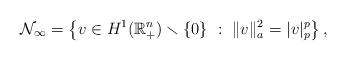
LaTeX: \begin{align*}\mathcal{N}_{\infty}=\left\{ v\in H^{1}(\mathbb{R}_{+}^{n})\smallsetminus\left\{ 0\right\} \ :\ \|v\|_{a}^{2}=|v|_{p}^{p}\right\} ,\end{align*}